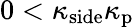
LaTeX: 0<\kappa_{\mathrm{side}}\le\kappa_{\mathrm{p}}